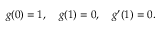
\begin{array} { r } { g ( 0 ) = 1 , \quad g ( 1 ) = 0 , \quad g ^ { \prime } ( 1 ) = 0 . } \end{array}